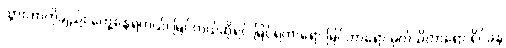
သွားတာကိုချည်း တွေ့နေရတယ်၊ မြင်တယ်ဆိုရင် မြင်ရတာရော မြင်တာရော မှတ်သိတာရော ရိပ်ခနဲ